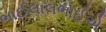
ભાઈલાલભાઈએ